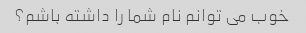
خوب می توانم نام شما را داشته باشم؟